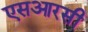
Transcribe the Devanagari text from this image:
एसआरसी